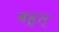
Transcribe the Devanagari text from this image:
बहुत्‌